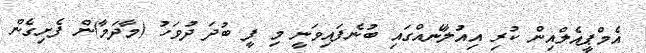
އެމްޕީއެލްއިން ކުރި އިއުލާނެއްގައި ބުނެފައިވަނީ މި ފީ ބުދަ ދުވަހު (މާދަމާ)ން ފެށިގެން